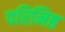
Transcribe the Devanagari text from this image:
परिनिष्ठ